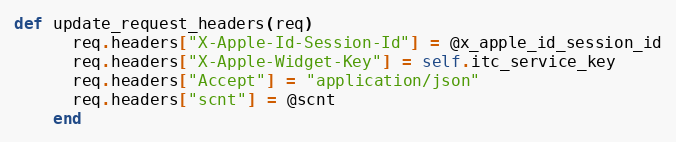
Language: Ruby
def update_request_headers(req)
      req.headers["X-Apple-Id-Session-Id"] = @x_apple_id_session_id
      req.headers["X-Apple-Widget-Key"] = self.itc_service_key
      req.headers["Accept"] = "application/json"
      req.headers["scnt"] = @scnt
    end